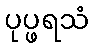
ပုပ္ဖရသံ